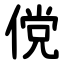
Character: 傥